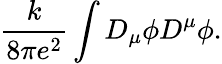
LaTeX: \frac{k}{8\pi e^{2}}\int D_{\mu}\phi D^{\mu}\phi.